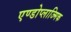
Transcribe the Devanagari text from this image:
एण्डोप्लाज्मिक